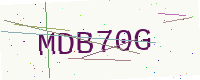
Text: MDB70G